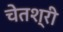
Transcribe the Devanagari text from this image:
चेतश्री